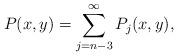
LaTeX: \begin{align*}P(x,y) =\sum_{j=n-3}^\infty P_j(x,y),\end{align*}